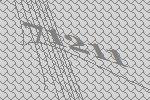
71211